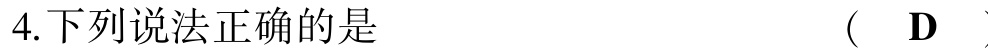
4.下列说法正确的是 （  D  ）